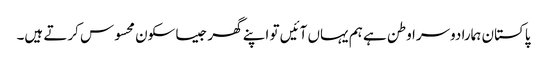
پاکستان ہمارا دوسرا وطن ہے ہم یہاں آئیں تو اپنے گھر جیسا سکون محسوس کرتے ہیں۔